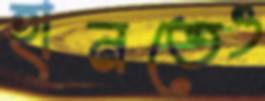
হানতেও